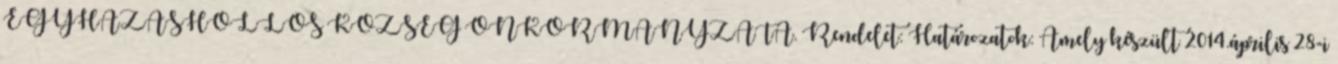
EGYHÁZASHOLLÓS KÖZSÉG ÖNKORMÁNYZATA. Rendelet: Határozatok: Amely készült 2014.április 28-i